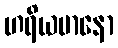
ဟရိယမာနော